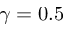
\gamma = 0 . 5